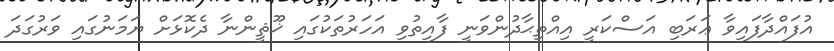
އުފައްދާފައިވާ ޢަރަބި އަސްކަރީ އިއްތިޙާދުންވަނީ ފާއިތުވި އަހަރުތަކުގައި ޚޫޘީންނާ ދެކޮޅަށް ޔަމަނުގައި ވަރުގަދަ